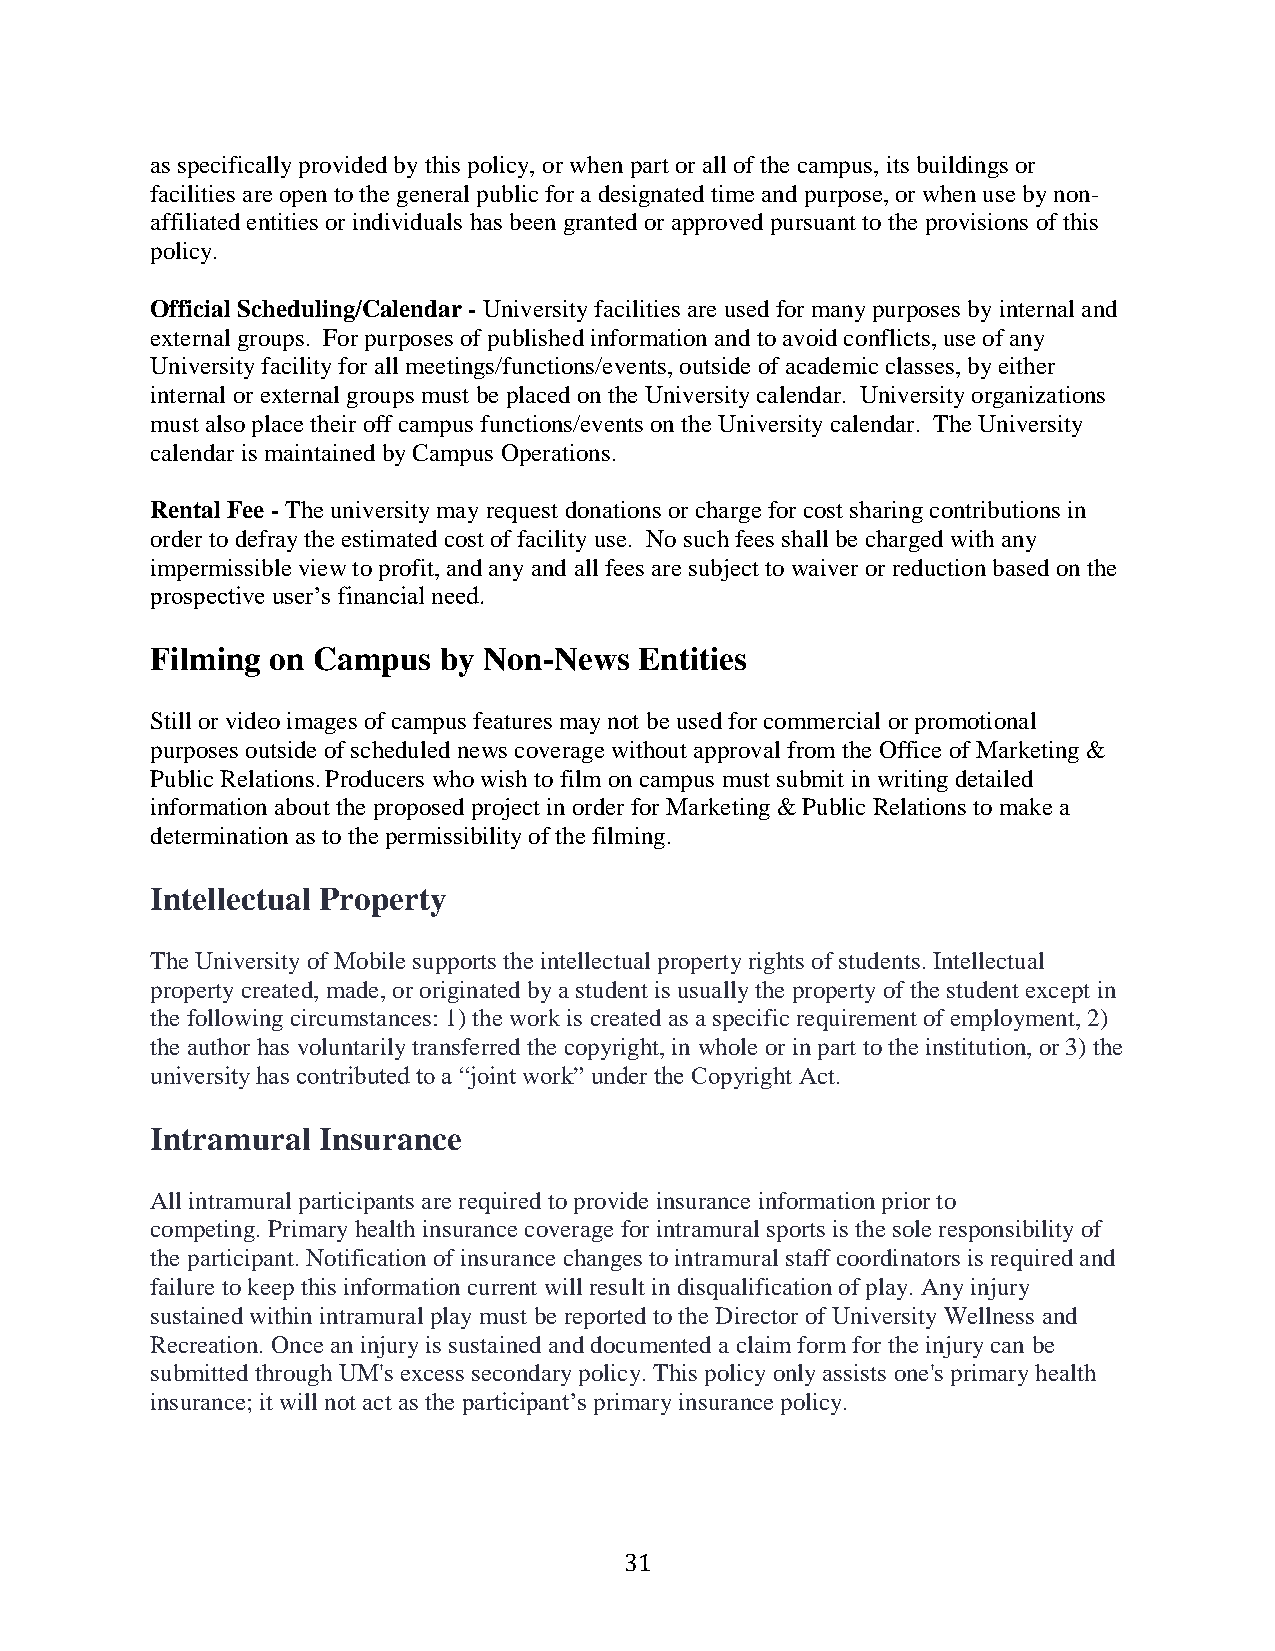
as specifically provided by this policy, or when part or all of the campus, its buildings or
 facilities are open to the general public for a designated time and purpose, or when use by non-
 affiliated entities or individuals has been granted or approved pursuant to the provisions of this
 policy.
 Official Scheduling/Calendar - University facilities are used for many purposes by internal and
 external groups. For purposes of published information and to avoid conflicts, use of any
 University facility for all meetings/functions/events, outside of academic classes, by either
 internal or external groups must be placed on the University calendar. University organizations
 must also place their off campus functions/events on the University calendar. The University
 calendar is maintained by Campus Operations.
 Rental Fee - The university may request donations or charge for cost sharing contributions in
 order to defray the estimated cost of facility use. No such fees shall be charged with any
 impermissible view to profit, and any and all fees are subject to waiver or reduction based on the
 prospective user’s financial need.
 Filming on Campus  by Non-News  Entities
 Still or video images of campus features may not be used for commercial or promotional
 purposes outside of scheduled news coverage without approval from the Office of Marketing &
 Public Relations. Producers who wish to film on campus must submit in writing detailed
 information about the proposed project in order for Marketing & Public Relations to make a
 determination as to the permissibility of the filming.
 Intellectual Property
 The University of Mobile supports the intellectual property rights of students. Intellectual
 property created, made, or originated by a student is usually the property of the student except in
 the following circumstances: 1) the work is created as a specific requirement of employment, 2)
 the author has voluntarily transferred the copyright, in whole or in part to the institution, or 3) the
 university has contributed to a “joint work” under the Copyright Act.
 Intramural Insurance
 All intramural participants are required to provide insurance information prior to
 competing. Primary health insurance coverage for intramural sports is the sole responsibility of
 the participant. Notification of insurance changes to intramural staff coordinators is required and
 failure to keep this information current will result in disqualification of play. Any injury
 sustained within intramural play must be reported to the Director of University Wellness and
 Recreation. Once an injury is sustained and documented a claim form for the injury can be
 submitted through UM's excess secondary policy. This policy only assists one's primary health
 insurance; it will not act as the participant’s primary insurance policy.
 31